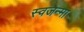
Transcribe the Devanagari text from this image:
स्वजन्मा